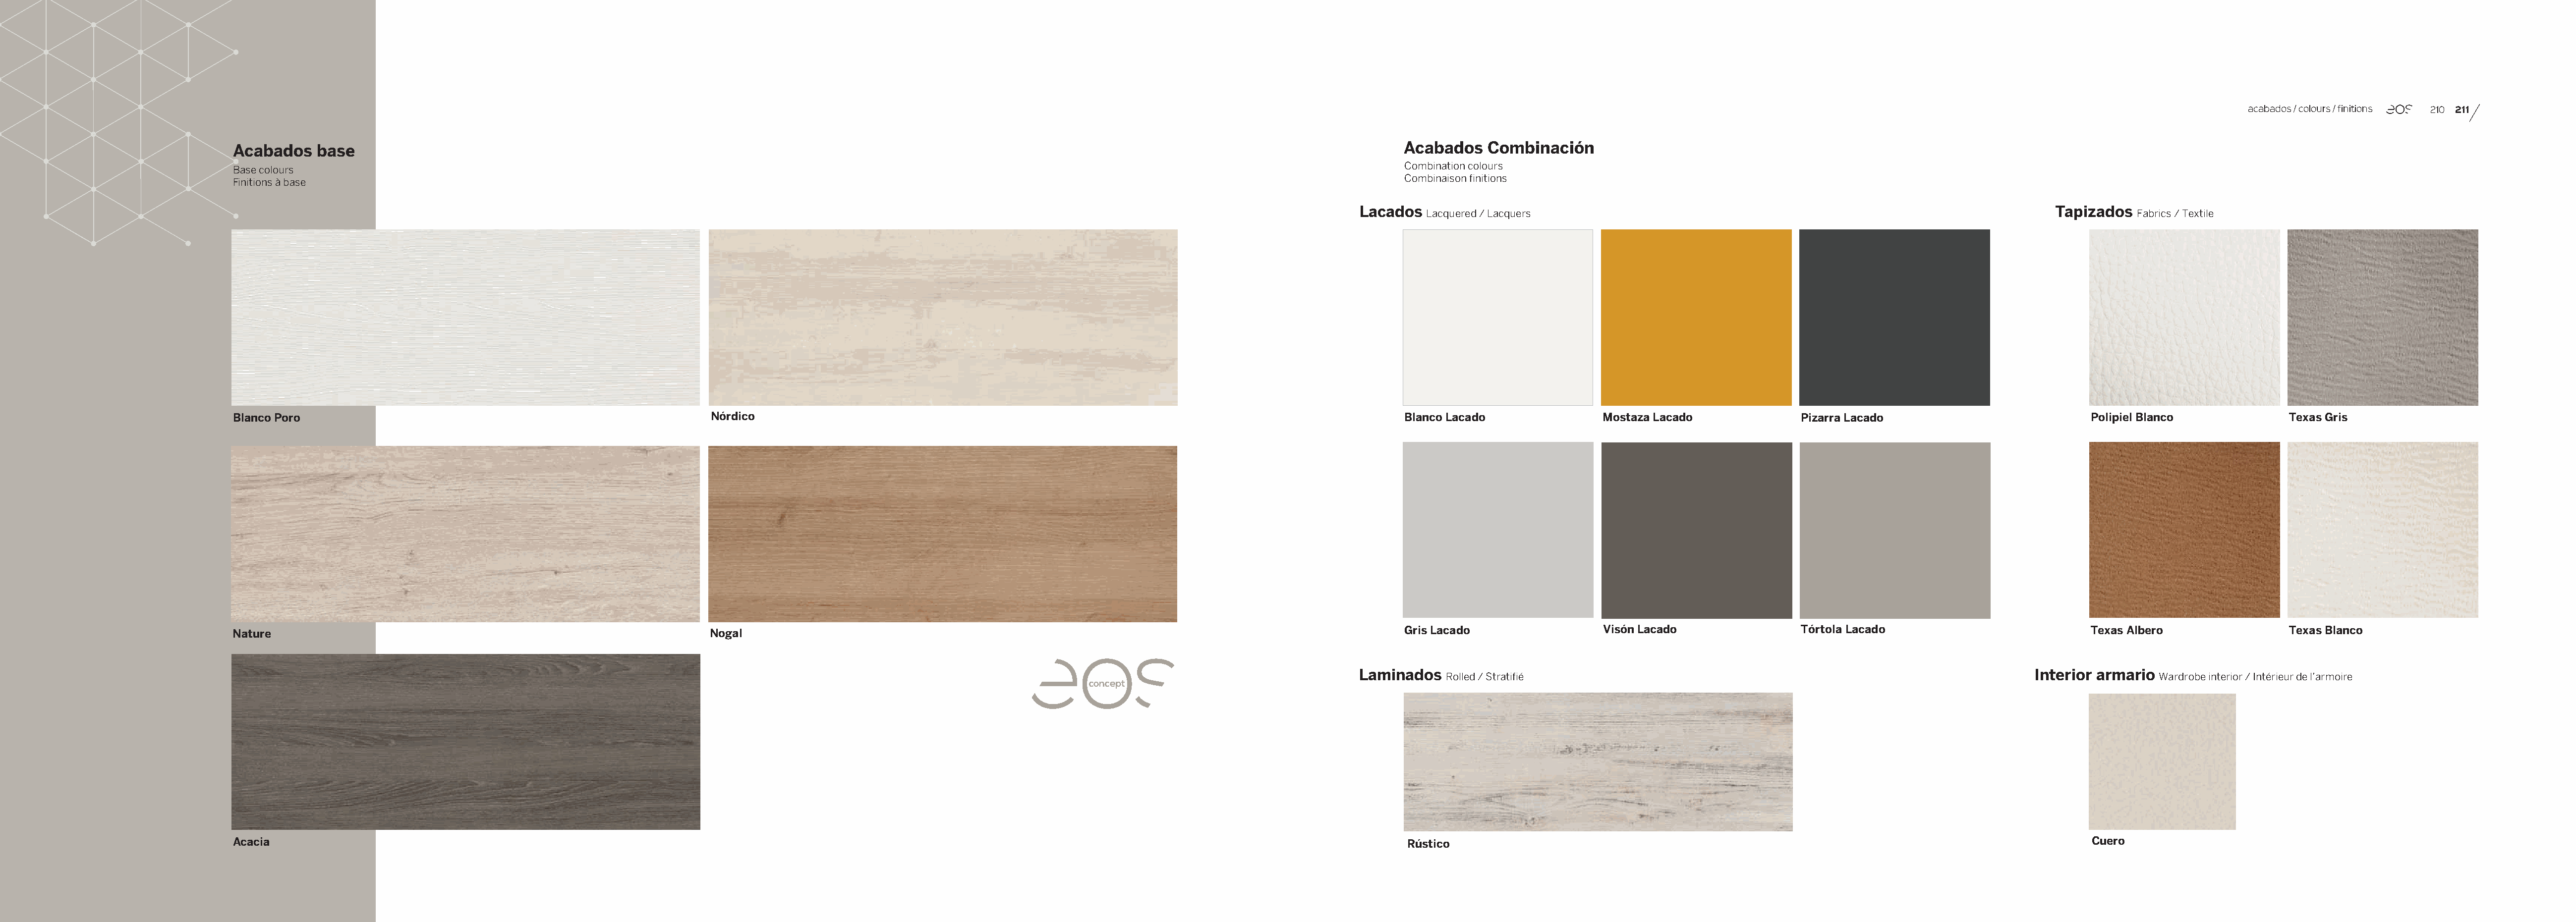
acabados / colours / finitions 210 211
 Acabados   base                                                                                                                                             Acabados    Combinación
 Combination colours
 Base colours
 Combinaison finitions
 Finitions à base
 Lacados
 Lacquered / Lacquers
 Tapizados
 Fabrics / Textile
 Blanco Poro                                                     Nórdico                                                                                      Blanco Lacado             Mostaza Lacado             Pizarra Lacado                        Polipiel Blanco            Texas Gris
 Nature                                                          Nogal                                                                                        Gris Lacado               Visón Lacado               Tórtola Lacado                        Texas Albero               Texas Blanco
 Laminados
 Rolled / Stratifié
 Interior armario
 Wardrobe interior / Intérieur de l’armoire
 concept
 Acacia                                                                                                                                                       Rústico                                                                                    Cuero